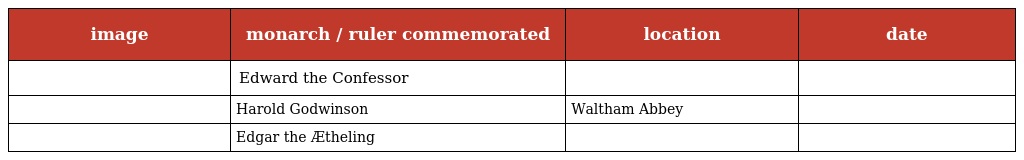
| image | monarch / ruler commemorated | location | date |
 | --- | --- | --- | --- |
 |  | Edward the Confessor |  |  |
 |  | Harold Godwinson | Waltham Abbey |  |
 |  | Edgar the Ætheling |  |  |